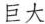
巨大